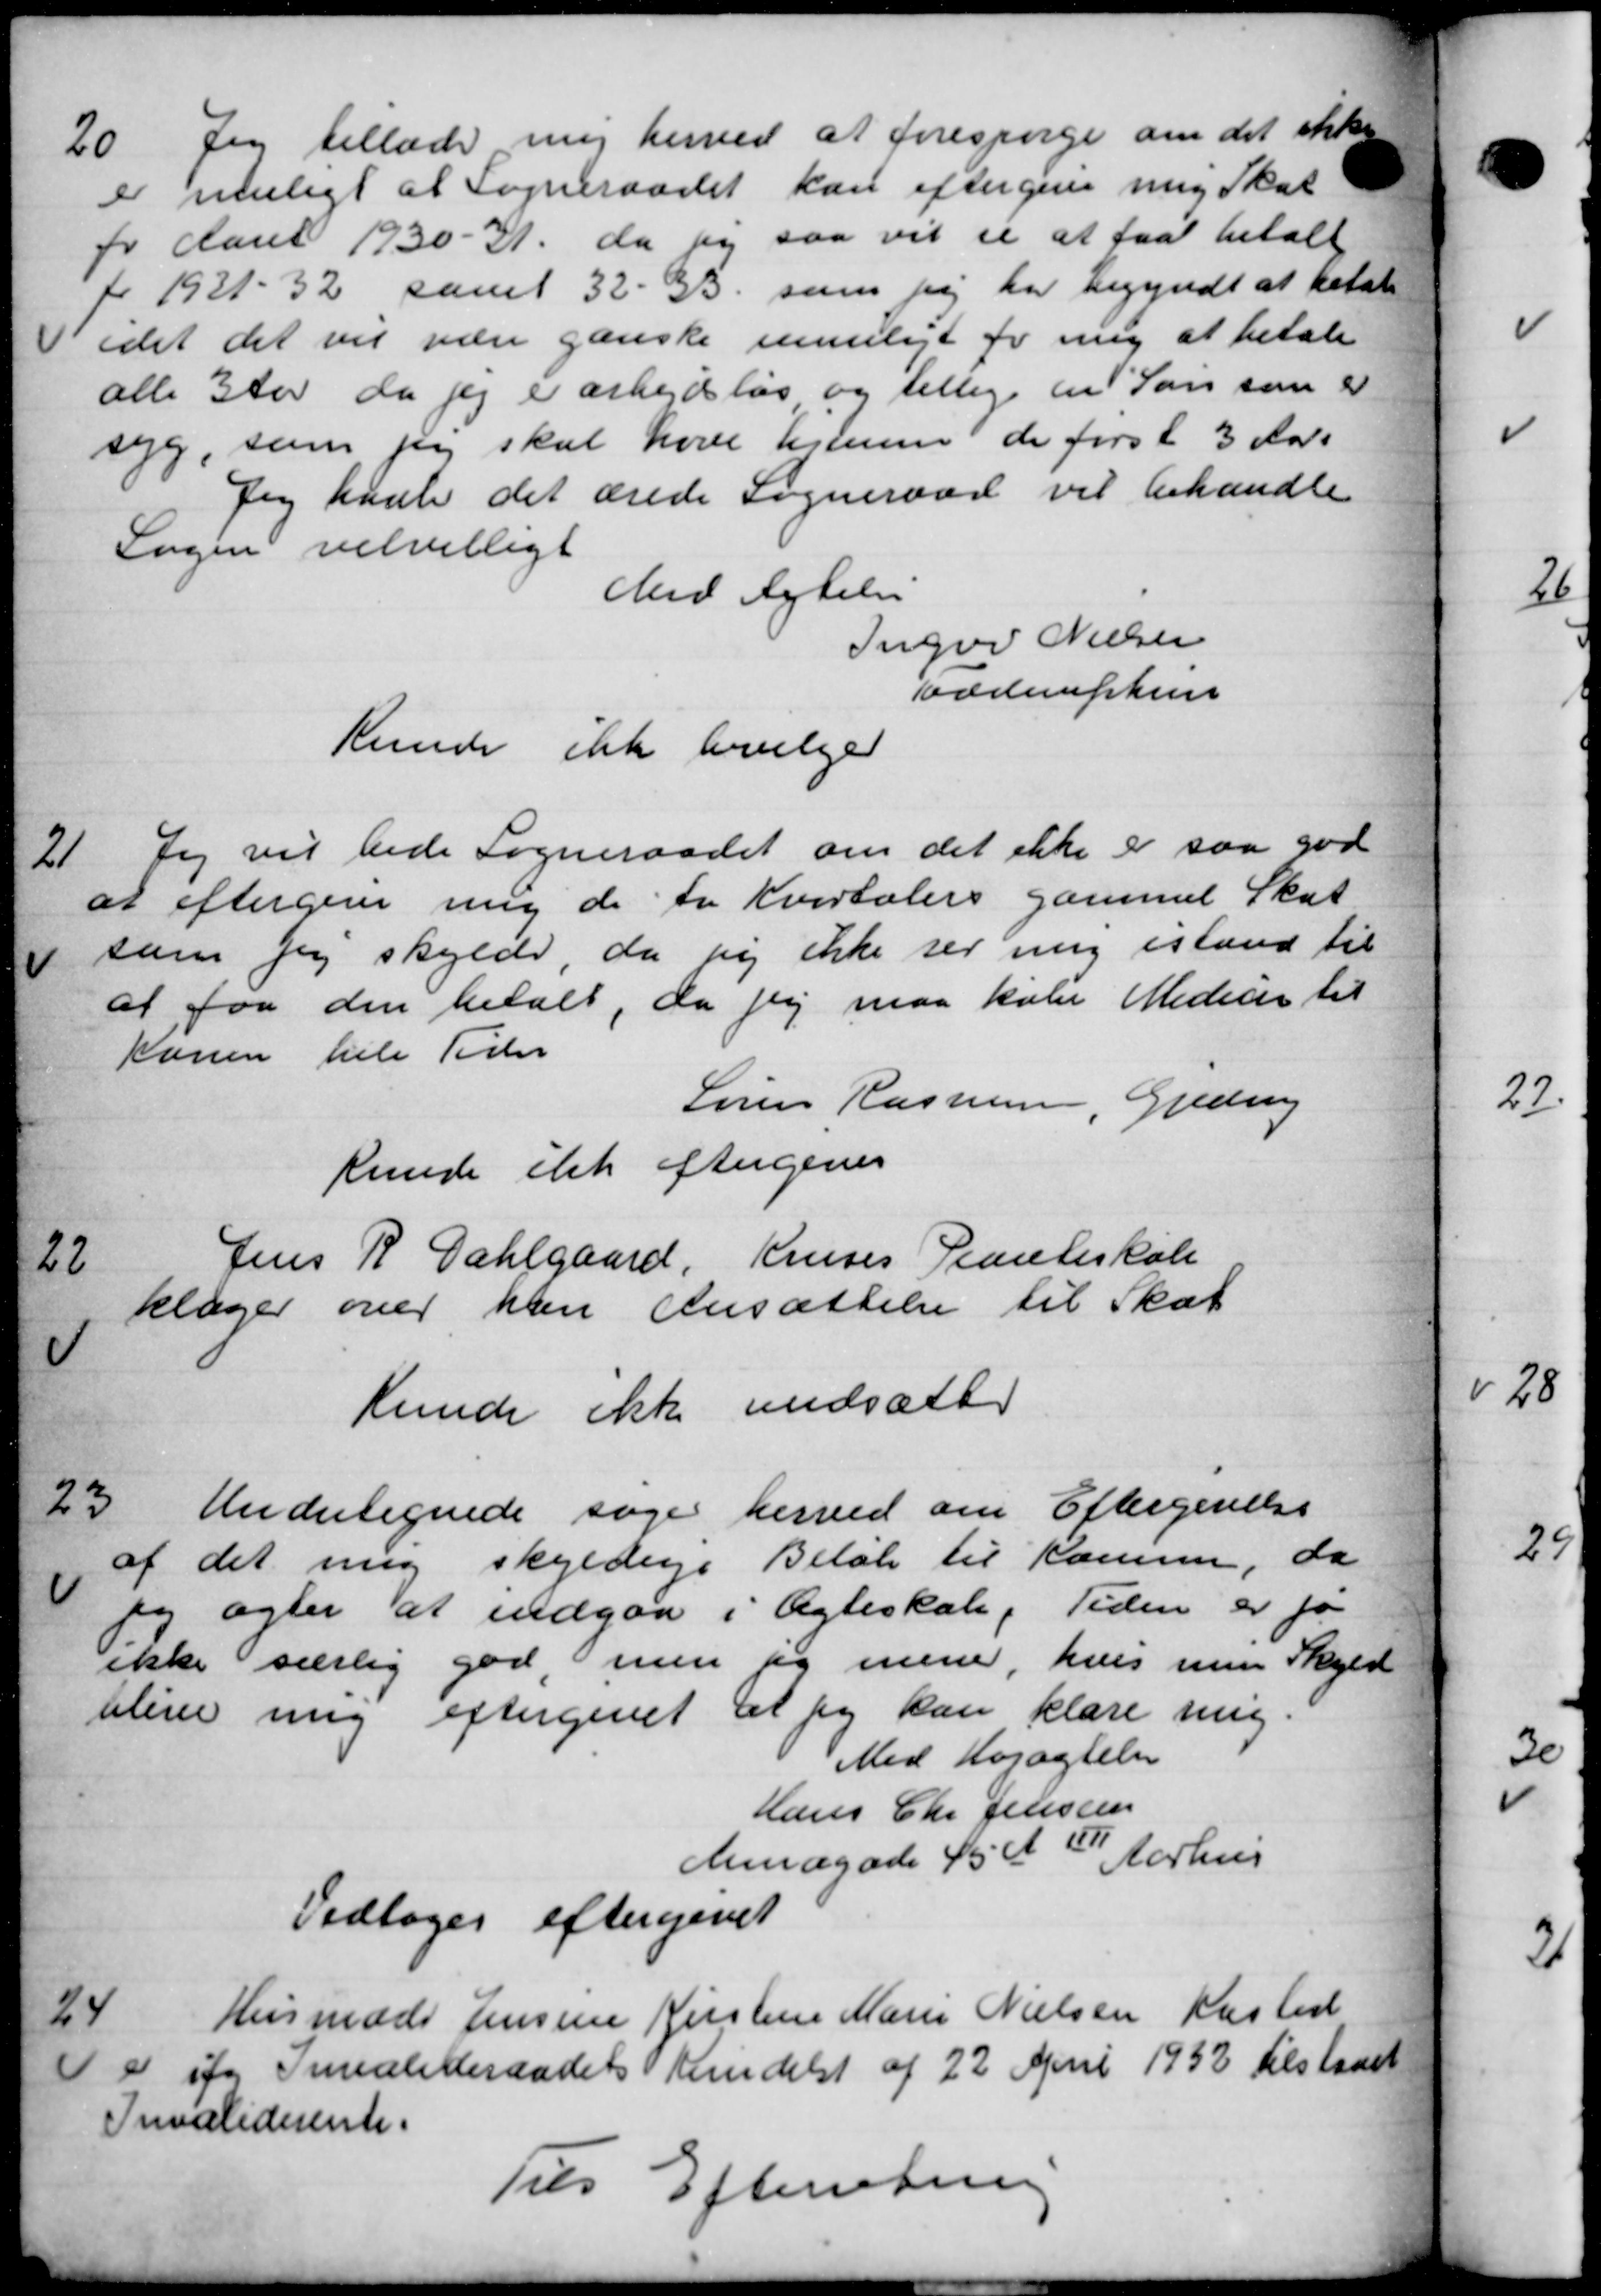
Transskription:
20
Jeg tillader mig herved at forespørge om det ikke
er muligt at Sogneraadet kan eftergives mig Skat
for Aaret 1930-31, da sy saa vil et at faa betalt
for 1921 - 32 samt 32 - 33, som jeg har begyndt at betale
 idet det vil være ganske muligt for mig at betale
alle 3 Aar da jeg er arbejdsløs og tillige en Søn som er
syg, som sig skal have hjemmer de først 3 Aars
Jeg kaale det ærede Sogneraad vil behandle
Sagen velvilligt
Med lydelse
Inger Nielsen
værteruphun
Kunde ikke bevilge
21
Jeg vil bede Sogneraadet om det ikke er saa god
at eftergive mig de fra Kvartalers gammel Skat
som jeg skylde, da sig ikke ser mig istand til
at faa den betalt, da jeg maa købe Medicin til
Konen hele Tider
Søren Rasmussen, Gredsing
kunde ikke eftergives
22
Jens R. Dahlgaard, Kruses Planteskole
klager over han Ansættelse til Skat
Kunde ikke nedsætte
23.
Undertegnede søger herved om Eftergivelse
af det mig skyldige Beløb til Komme, da
jeg agter at indgaa i Ægteskab, Tiden er fo
ikke særlig god, men og mene, hvis mun Skyld
blive mig eftergivet at jeg kan klare mig.
Med Højagtelsen
Hans Chr. Jensen
Mundgade 45 A 1
Aarhus
Vedtoges eftergivet
24
Husmads Jensine Kirstine Marie Nielsen Kasted
De og Smealiteraadet hendelst af 22 April 1932 tilstaaet
Invaliderente.
Til Efterretning